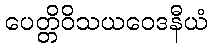
ပေတ္တိဝိသယဝေဒနီယံ